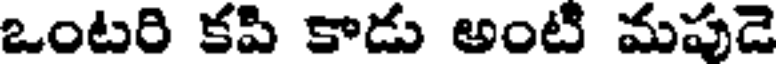
ఒంటరి కపి కాడు అంటి మపుడె